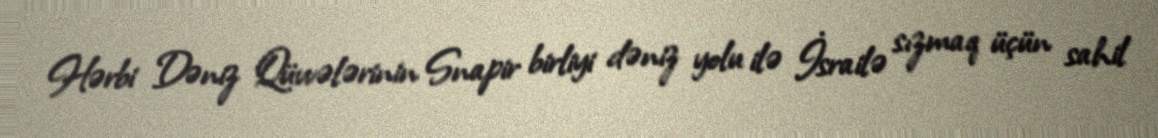
Hərbi Dəniz Qüvvələrinin Snapir birliyi dəniz yolu ilə İsrailə sızmaq üçün sahil